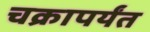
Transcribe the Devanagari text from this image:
चक्रापर्यंत